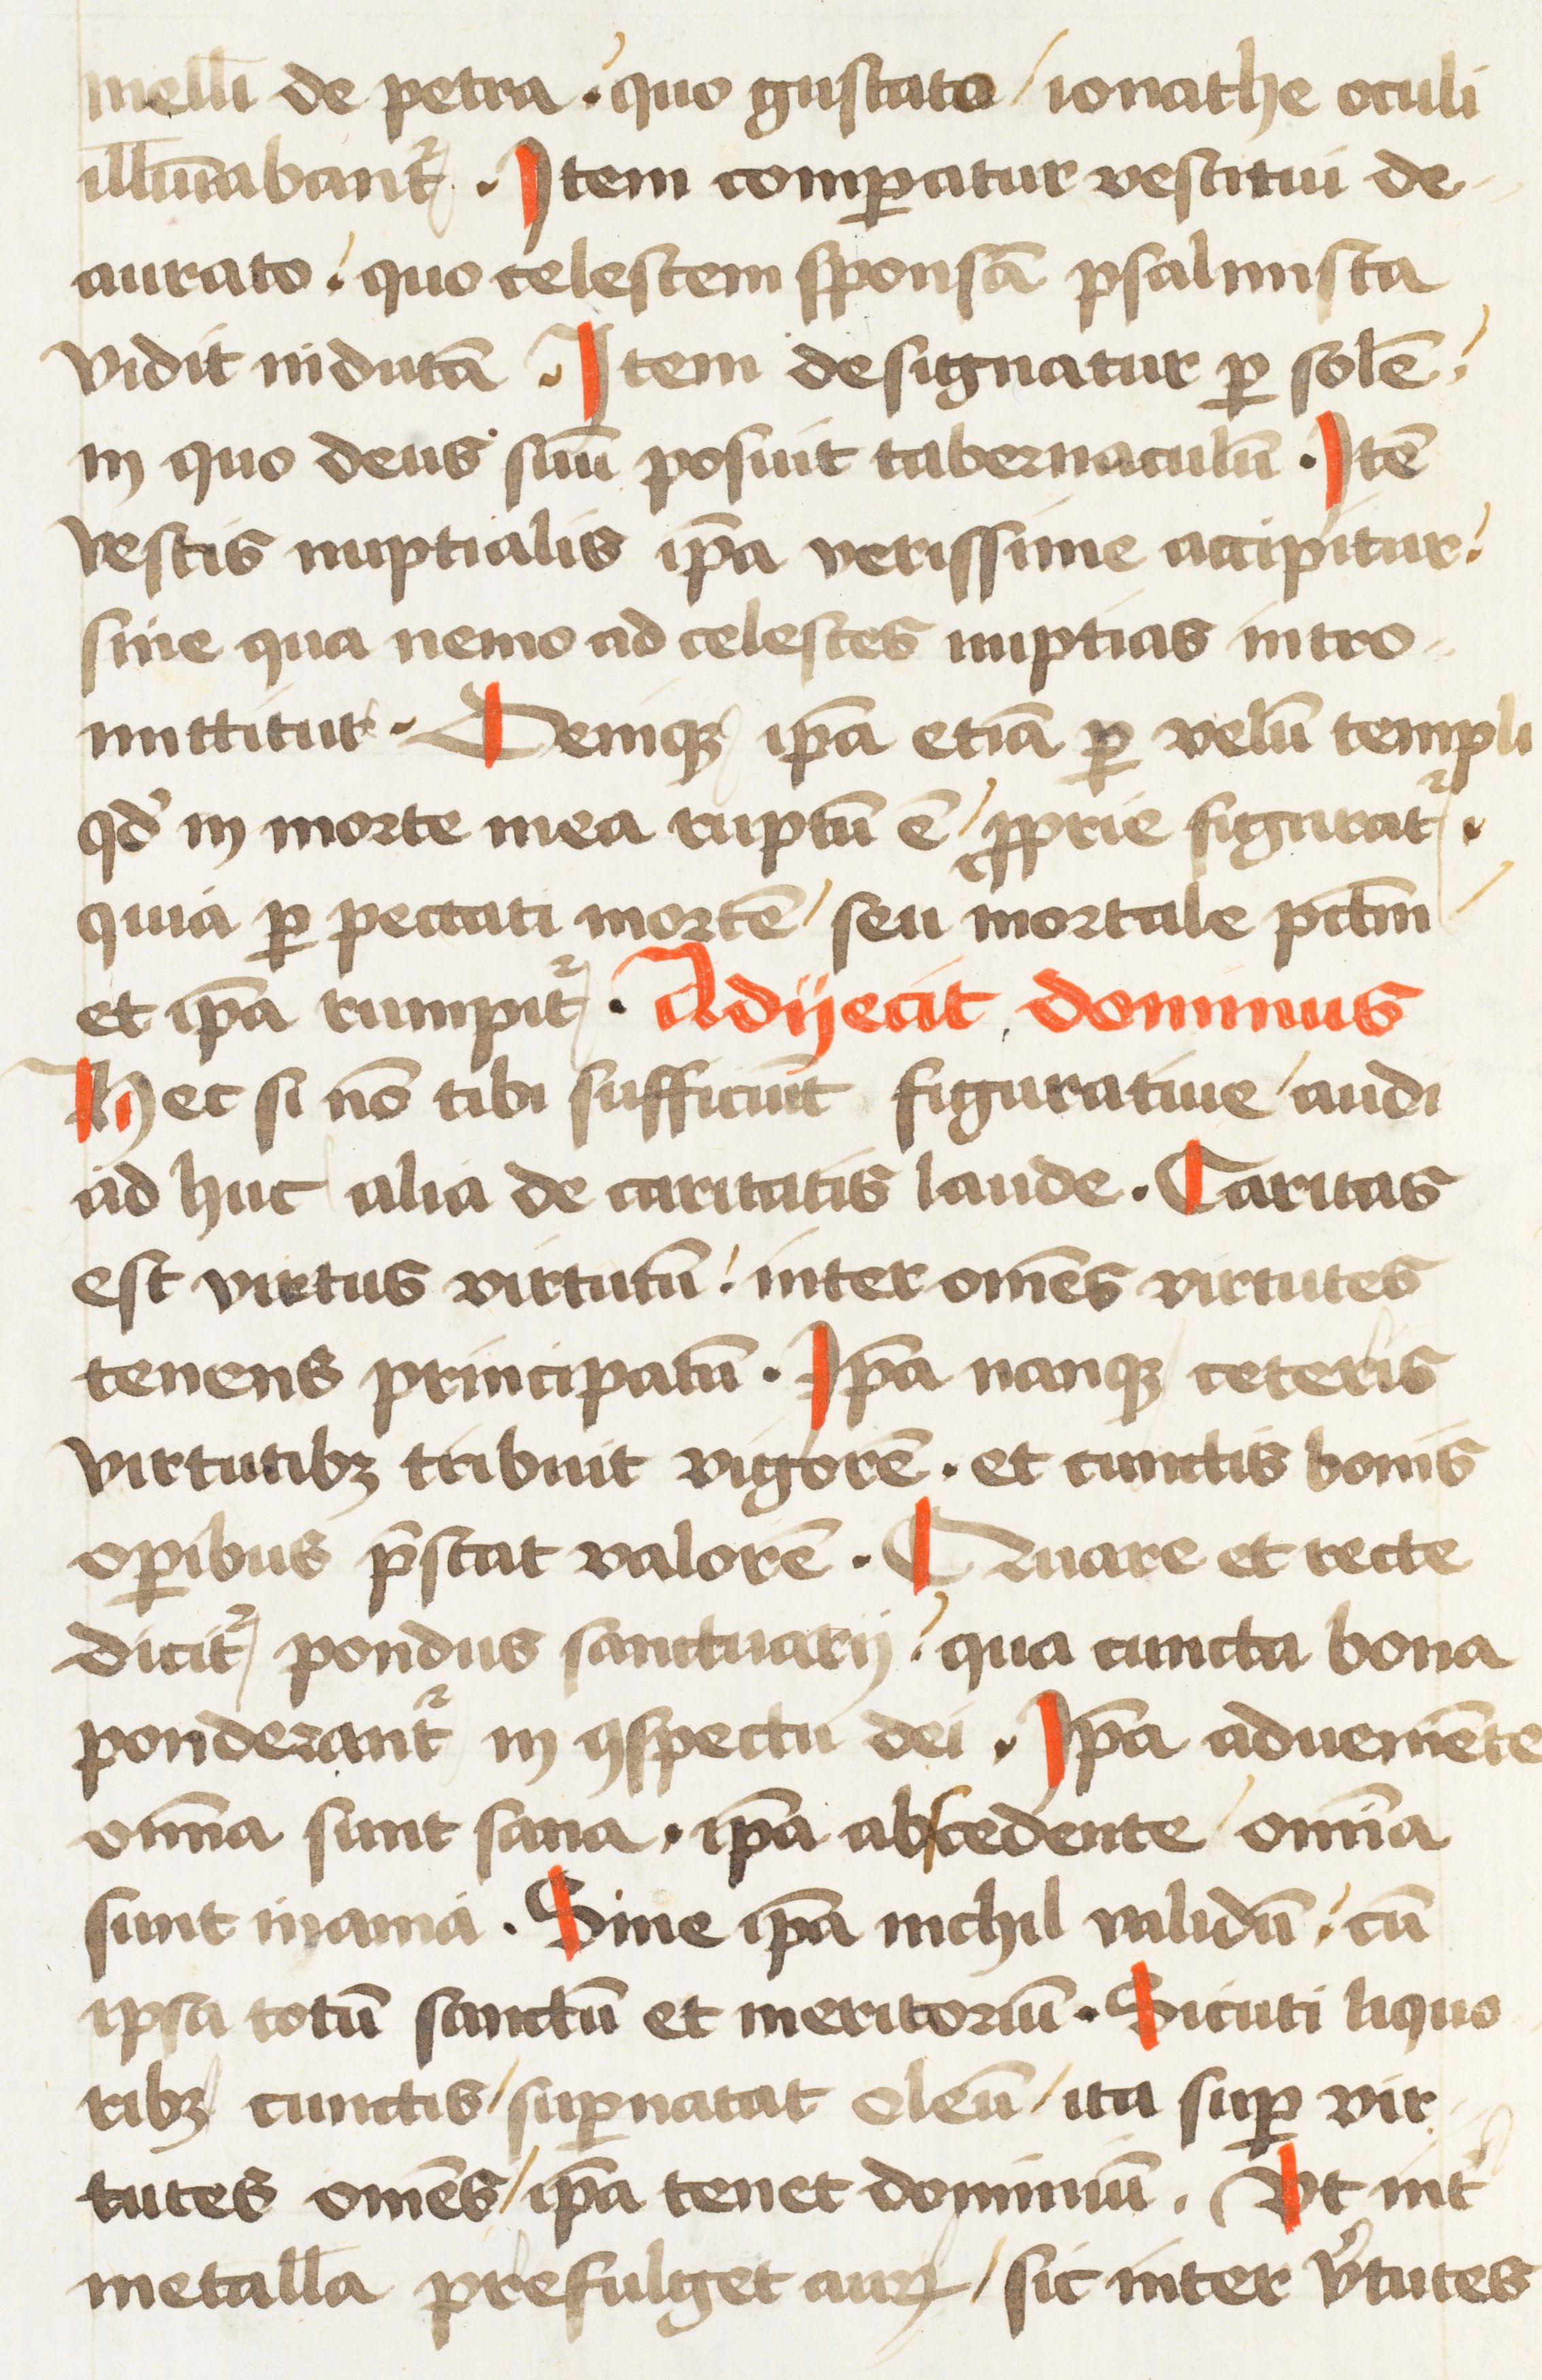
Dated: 1472–1472